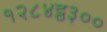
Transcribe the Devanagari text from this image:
१२८४ट्ठ३००